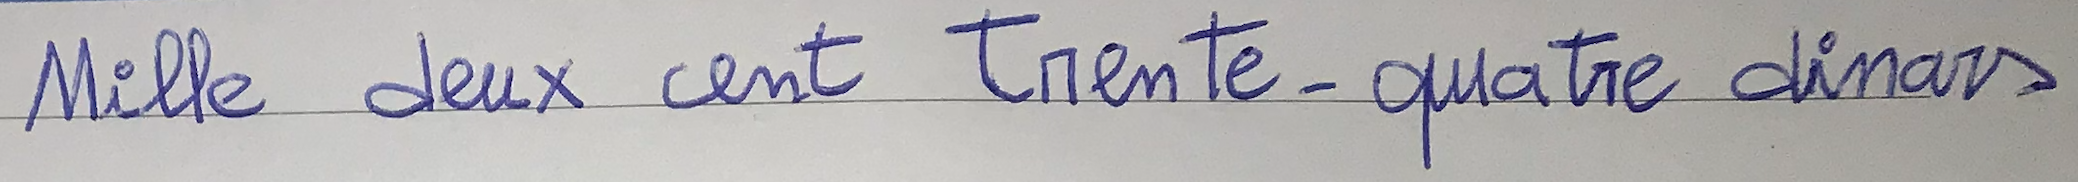
Mille deux cent trente-quatre dinars